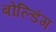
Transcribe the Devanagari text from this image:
बोल्डिंग